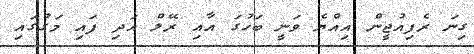
ގިނަ ރެފިއުޖީން އިއްޔެ ވަނީ ބަހުގަ އާއި ރޭލް އަދި ފައި މަގުގައި